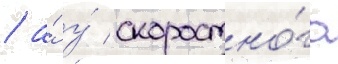
/ а́ у́ скоростно́го